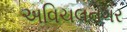
અવિચલનગર